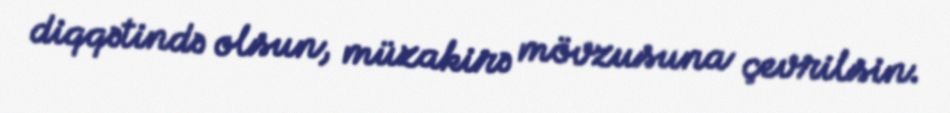
diqqətində olsun, müzakirə mövzusuna çevrilsin.